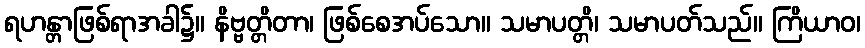
ရဟန္တာဖြစ်ရာအခါ၌။ နိဗ္ဗတ္တိတာ၊ ဖြစ်စေအပ်သော။ သမာပတ္တိ၊ သမာပတ်သည်။ ကြိယာဝ၊